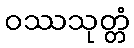
ဝဿသုတ္တံ